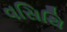
વસિથિ